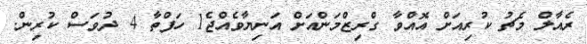
ރެއާލް މެޗު ކުރިއަށް އޮއްވާ ގްރިޒްމަންއަށް އަނިޔާވެއްޖެ1 ހަފްތާ 4 ދުވަސް ކުރިން.